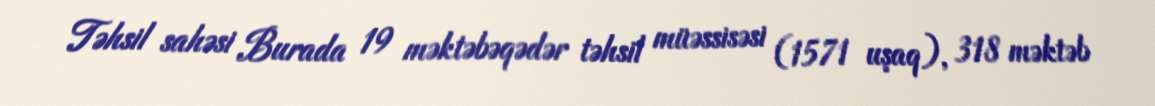
Təhsil sahəsi Burada 19 məktəbəqədər təhsil müəssisəsi (1571 uşaq), 318 məktəb